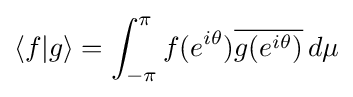
\langle f|g\rangle =\int _{-\pi }^{\pi }f(e^{i\theta }){\overline {g(e^{i\theta })}}\,d\mu